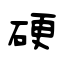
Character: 硬